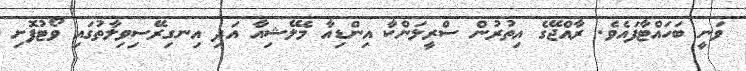
ވަނީ ބަހައްޓާފައެވެ. ރާއްޖޭގެ އިތުރުން ސްރީލަންކާ އިންޑިއާ މެލޭޝިއާ އަދި އިނގިރޭސިވިލާތުގައި ވޯޓުފޮށި